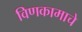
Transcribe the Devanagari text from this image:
विणकामाचे